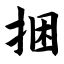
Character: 捆